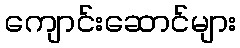
ကျောင်းဆောင်များ